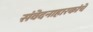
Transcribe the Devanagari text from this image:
संवेदनाहारकांचे